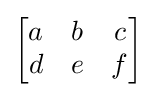
{\begin{bmatrix}a&b&c\\d&e&f\\\end{bmatrix}}